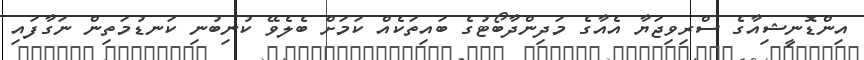
އިންޑޮނީޝިއާގެ ސްރިވިޖަޔާ އެއާގެ މަދިންދާބޯޓުގެ ބައިތަކެއް ކަމަށް ބެލެވޭ ކުނިބުނި ކަނޑުމަތިން ނަގާފައި